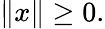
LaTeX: \| x\| \geq 0.